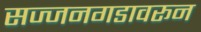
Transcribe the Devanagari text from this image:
सज्जनगडावरून